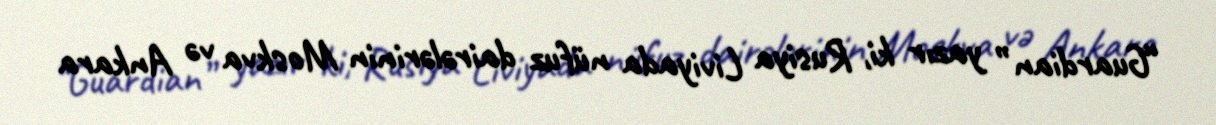
“Guardian” yazır ki, Rusiya Liviyada nüfuz dairələrinin Moskva və Ankara